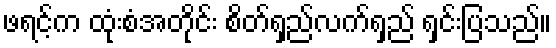
ဖရင့်က ထုံးစံအတိုင်း စိတ်ရှည်လက်ရှည် ရှင်းပြသည်။